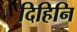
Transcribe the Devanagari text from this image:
दिहिनि